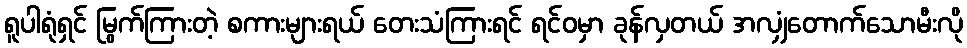
ရူပါရုံရှင် မြွက်ကြားတဲ့ စကားများရယ် တေးသံကြားရင် ရင်ဝမှာ ခုန်လှတယ် အလျှံတောက်သောမီးလို